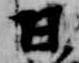
日